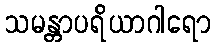
သမန္တာပရိယာဂါရော